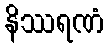
နိဿရဏံ